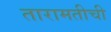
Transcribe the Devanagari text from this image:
तारामतीची